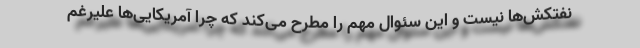
نفتکش‌ها نیست و این سئوال مهم را مطرح می‌کند که چرا آمریکایی‌ها علیرغم